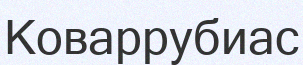
Коваррубиас